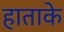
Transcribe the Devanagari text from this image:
हाताके